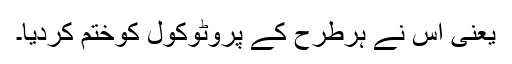
یعنی اس نے ہرطرح کے پروٹوکول کوختم کردیا۔